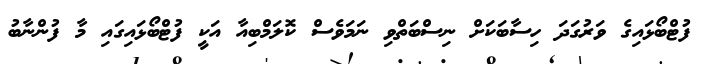
ފުޓްބޯޅައިގެ ވަރުގަދަ ހިސާބަކަށް ނިސްބަތްވި ނަމަވެސް ކޮލަމްބިއާ އަކީ ފުޓްބޯޅައިގައި މާ ފުންނާބު